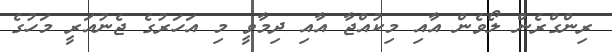
ރިންގްރެން ލޯވެން އާއި މިކުއްޖާ އާއި ދިމާވީ މި އަހަރުގެ ޖެނުއަރީ މަހުގެ